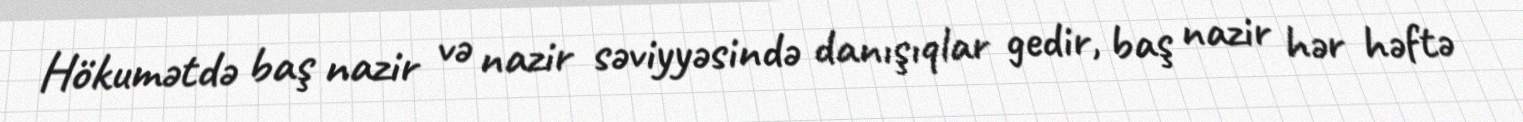
Hökumətdə baş nazir və nazir səviyyəsində danışıqlar gedir, baş nazir hər həftə